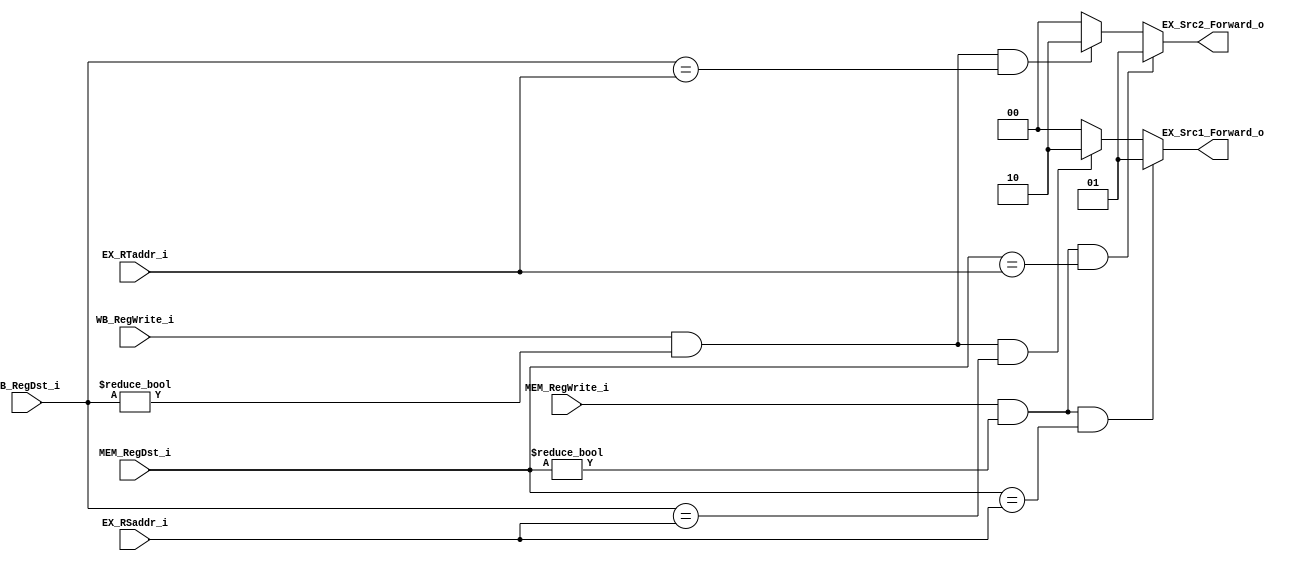

module Forward(
    WB_RegWrite_i,
    WB_RegDst_i,
    MEM_RegWrite_i,
    MEM_RegDst_i,
    EX_RSaddr_i,
    EX_RTaddr_i,
    EX_Src1_Forward_o,
    EX_Src2_Forward_o
	);

input WB_RegWrite_i;
input [5-1:0] WB_RegDst_i;
input MEM_RegWrite_i;
input [5-1:0] MEM_RegDst_i;
input [5-1:0] EX_RSaddr_i;
input [5-1:0] EX_RTaddr_i;
output [2-1:0] EX_Src1_Forward_o;
output [2-1:0] EX_Src2_Forward_o;
reg [2-1:0] EX_Src1_Forward_o;
reg [2-1:0] EX_Src2_Forward_o;



always @(*) begin
    EX_Src1_Forward_o = 0;
    EX_Src2_Forward_o = 0;
    if (WB_RegWrite_i & WB_RegDst_i != 0 & (WB_RegDst_i == EX_RSaddr_i))
        EX_Src1_Forward_o = 2;
    if (WB_RegWrite_i & WB_RegDst_i != 0 & (WB_RegDst_i == EX_RTaddr_i))
        EX_Src2_Forward_o = 2;
    if (MEM_RegWrite_i & MEM_RegDst_i != 0 & (MEM_RegDst_i == EX_RSaddr_i)) 
        EX_Src1_Forward_o = 1;
    if (MEM_RegWrite_i & MEM_RegDst_i != 0 & (MEM_RegDst_i == EX_RTaddr_i)) 
        EX_Src2_Forward_o = 1;
end
     
//I/O ports
endmodule